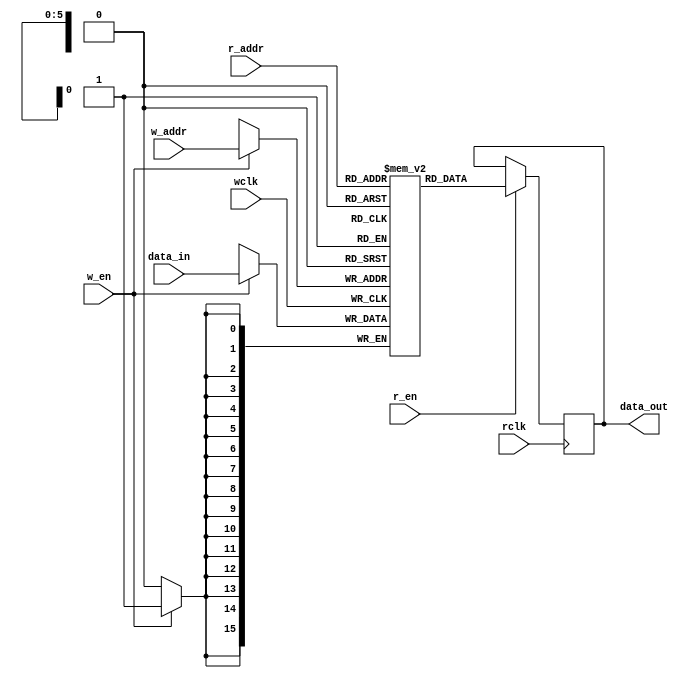
`timescale 1ns/1ps

`define max(a,b) {(a) > (b) ? (a) : (b)}
`define min(a,b) {(a) < (b) ? (a) : (b)}

/*WARNING: This memory assumes that the write port data width is bigger than the
read port data width and that they are multiples of eachother
*/
module iob_2p_async_mem
	#( 
		parameter DATA_W = 16,
		parameter ADDR_W = 6,
		parameter USE_RAM = 1
	) 
	(
		//Inputs
	 input 			   wclk, //write clock
         input 			   w_en, //write enable
         input [DATA_W-1:0] 	   data_in, //Input data to write port
         input [ADDR_W-1:0] 	   w_addr, //address for write port
	 input 			   rclk, //read clock
         input [ADDR_W-1:0] 	   r_addr, //address for read port
         input 			   r_en,
        //Outputs
         output reg [DATA_W-1:0] data_out //output port
    );	
	//memory declaration
	reg [DATA_W-1:0] ram [2**ADDR_W-1:0];
		
	//reading from the RAM
	generate
           if(USE_RAM)
              always@(posedge rclk)  begin
                 if(r_en)
                    data_out <= ram[r_addr];
              end
           else //use reg file
              always@* data_out = ram[r_addr];
        endgenerate
	
	//writing to the RAM
	always@(posedge wclk) begin
	   if(w_en)    //check if write enable is ON
	     ram[w_addr] <= data_in;
	end

endmodule